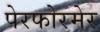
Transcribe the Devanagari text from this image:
पेरफोरमेर